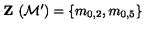
\textbf { Z } ( \mathcal { M } ^ { \prime } ) = \{ m _ { 0 , 2 } , m _ { 0 , 5 } \}